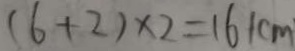
( 6 + 2 ) \times 2 = 1 6 1 c m